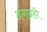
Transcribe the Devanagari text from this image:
अनाग्रही